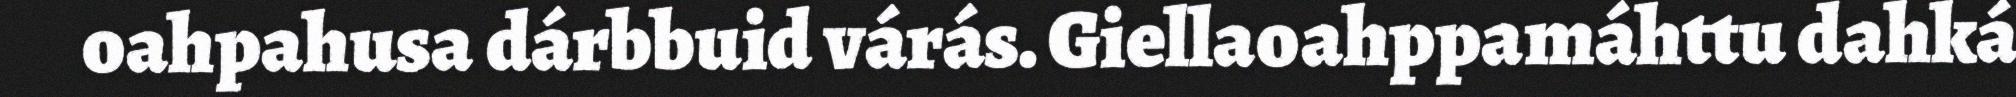
oahpahusa dárbbuid várás. Giellaoahppamáhttu dahká